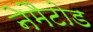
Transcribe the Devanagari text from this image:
नेमैटोड